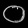
Digit: ၀